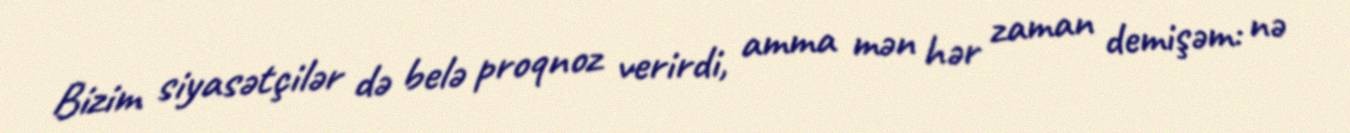
Bizim siyasətçilər də belə proqnoz verirdi, amma mən hər zaman demişəm: nə